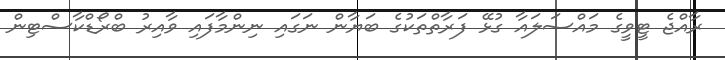
ރާއްޖެ ޓީވީގެ މައްސަލައާ ގުޅޭ ފަރާތްތަކުގެ ބަޔާން ނަގައި ނިންމާފައި ވާއިރު ބްރޯޑްކާސްޓިން